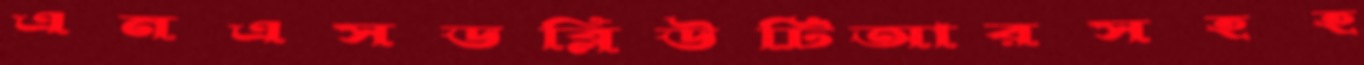
এনএসডব্লিউটিআরসহহ